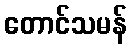
တောင်သမန်